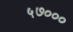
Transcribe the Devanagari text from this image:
५७०००